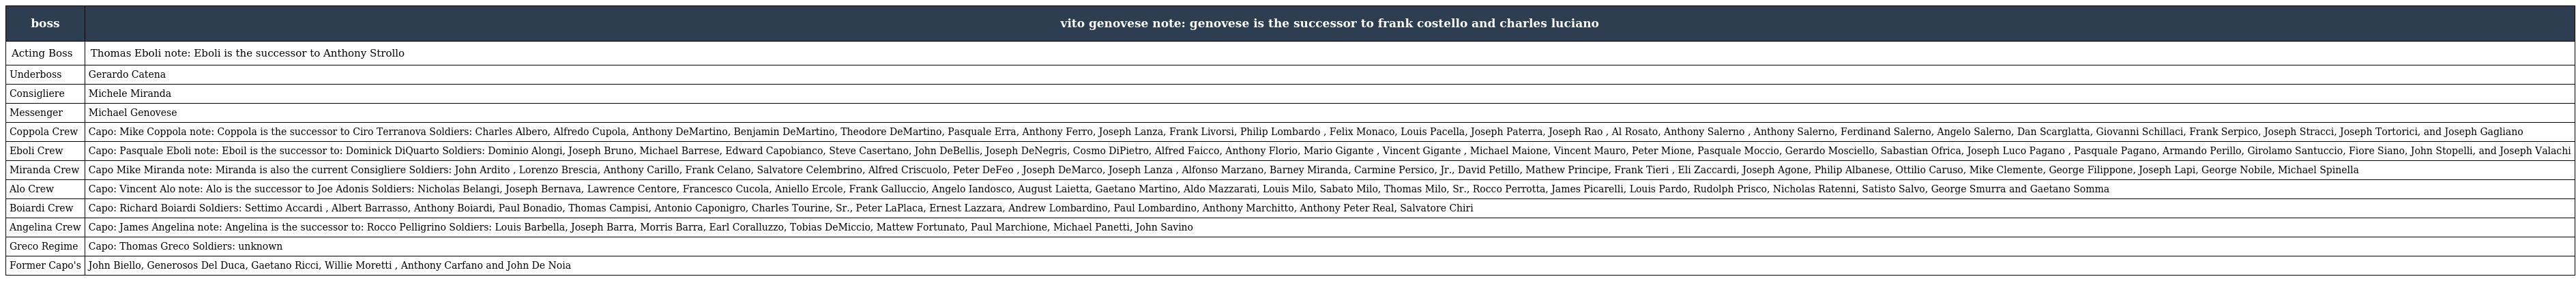
| boss | vito genovese note: genovese is the successor to frank costello and charles luciano |
 | --- | --- |
 | Acting Boss | Thomas Eboli note: Eboli is the successor to Anthony Strollo |
 | Underboss | Gerardo Catena |
 | Consigliere | Michele Miranda |
 | Messenger | Michael Genovese |
 | Coppola Crew | Capo: Mike Coppola note: Coppola is the successor to Ciro Terranova Soldiers: Charles Albero, Alfredo Cupola, Anthony DeMartino, Benjamin DeMartino, Theodore DeMartino, Pasquale Erra, Anthony Ferro, Joseph Lanza, Frank Livorsi, Philip Lombardo , Felix Monaco, Louis Pacella, Joseph Paterra, Joseph Rao , Al Rosato, Anthony Salerno , Anthony Salerno, Ferdinand Salerno, Angelo Salerno, Dan Scarglatta, Giovanni Schillaci, Frank Serpico, Joseph Stracci, Joseph Tortorici, and Joseph Gagliano |
 | Eboli Crew | Capo: Pasquale Eboli note: Eboil is the successor to: Dominick DiQuarto Soldiers: Dominio Alongi, Joseph Bruno, Michael Barrese, Edward Capobianco, Steve Casertano, John DeBellis, Joseph DeNegris, Cosmo DiPietro, Alfred Faicco, Anthony Florio, Mario Gigante , Vincent Gigante , Michael Maione, Vincent Mauro, Peter Mione, Pasquale Moccio, Gerardo Mosciello, Sabastian Ofrica, Joseph Luco Pagano , Pasquale Pagano, Armando Perillo, Girolamo Santuccio, Fiore Siano, John Stopelli, and Joseph Valachi |
 | Miranda Crew | Capo Mike Miranda note: Miranda is also the current Consigliere Soldiers: John Ardito , Lorenzo Brescia, Anthony Carillo, Frank Celano, Salvatore Celembrino, Alfred Criscuolo, Peter DeFeo , Joseph DeMarco, Joseph Lanza , Alfonso Marzano, Barney Miranda, Carmine Persico, Jr., David Petillo, Mathew Principe, Frank Tieri , Eli Zaccardi, Joseph Agone, Philip Albanese, Ottilio Caruso, Mike Clemente, George Filippone, Joseph Lapi, George Nobile, Michael Spinella |
 | Alo Crew | Capo: Vincent Alo note: Alo is the successor to Joe Adonis Soldiers: Nicholas Belangi, Joseph Bernava, Lawrence Centore, Francesco Cucola, Aniello Ercole, Frank Galluccio, Angelo Iandosco, August Laietta, Gaetano Martino, Aldo Mazzarati, Louis Milo, Sabato Milo, Thomas Milo, Sr., Rocco Perrotta, James Picarelli, Louis Pardo, Rudolph Prisco, Nicholas Ratenni, Satisto Salvo, George Smurra and Gaetano Somma |
 | Boiardi Crew | Capo: Richard Boiardi Soldiers: Settimo Accardi , Albert Barrasso, Anthony Boiardi, Paul Bonadio, Thomas Campisi, Antonio Caponigro, Charles Tourine, Sr., Peter LaPlaca, Ernest Lazzara, Andrew Lombardino, Paul Lombardino, Anthony Marchitto, Anthony Peter Real, Salvatore Chiri |
 | Angelina Crew | Capo: James Angelina note: Angelina is the successor to: Rocco Pelligrino Soldiers: Louis Barbella, Joseph Barra, Morris Barra, Earl Coralluzzo, Tobias DeMiccio, Mattew Fortunato, Paul Marchione, Michael Panetti, John Savino |
 | Greco Regime | Capo: Thomas Greco Soldiers: unknown |
 | Former Capo's | John Biello, Generosos Del Duca, Gaetano Ricci, Willie Moretti , Anthony Carfano and John De Noia |